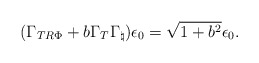
\begin{align*}(\Gamma_{TR\Phi} + b \Gamma_T \Gamma_{\natural}) \epsilon_0 = \sqrt{1 + b^2} \epsilon_0.\end{align*}